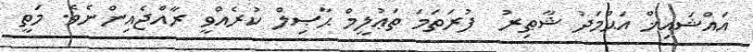
އައްޝައިޚް އަޙްމަދު ޝާޠިރު  ފުރަތަމަ ތަޢުލީމް ޙާޞިލް ކުރެއްވީ ރާއްޖެއިންނެވެ. މަތީ